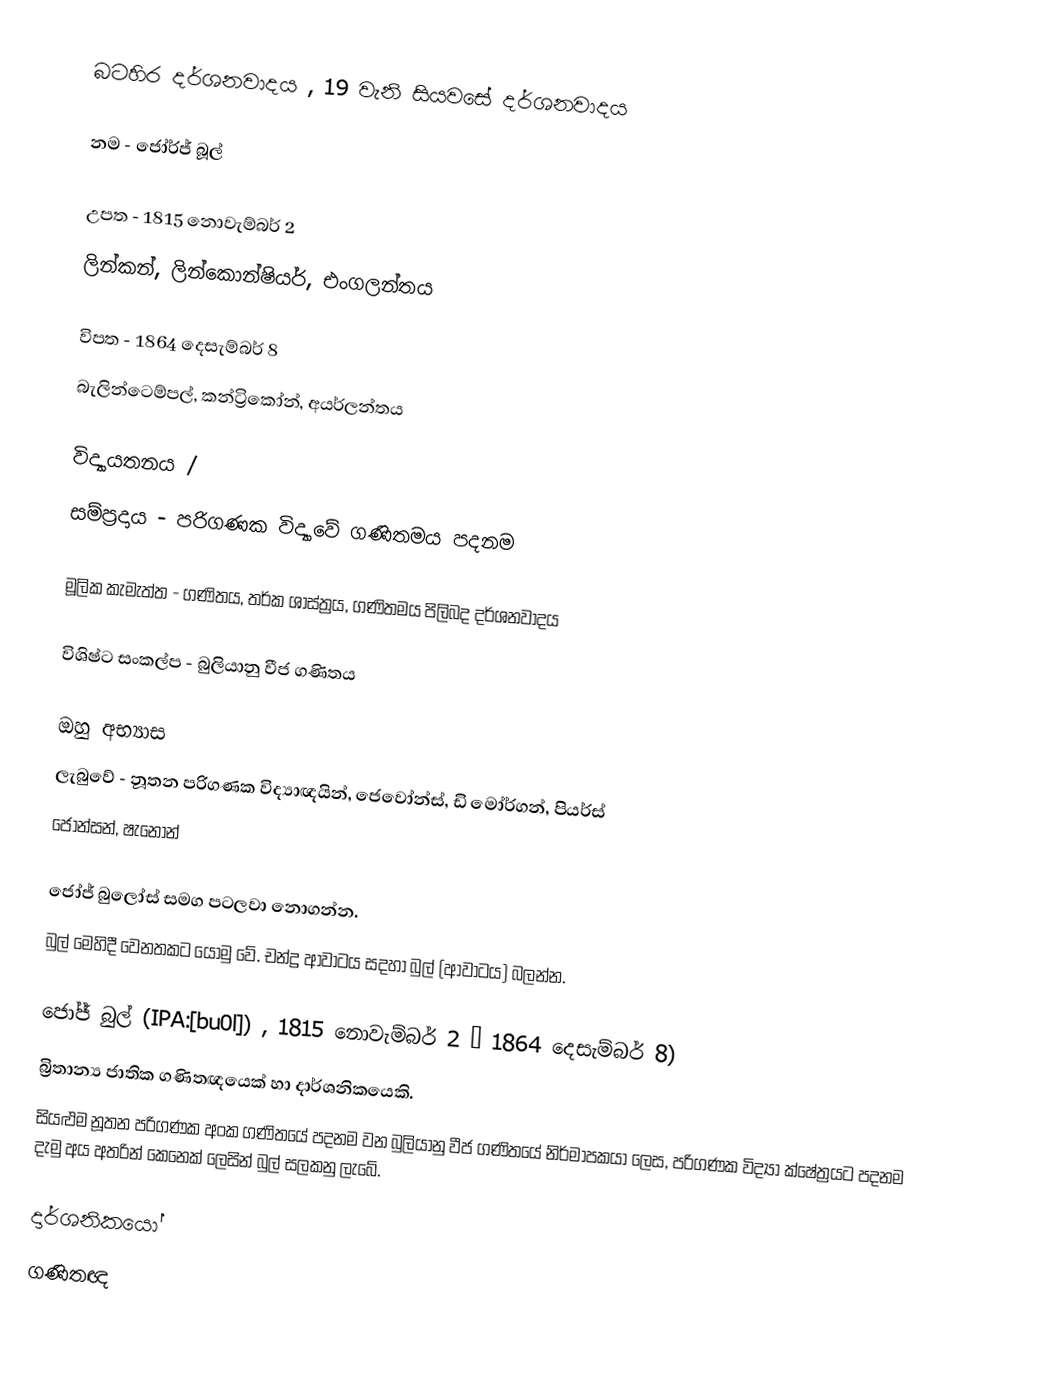
බටහිර දර්ශනවාදය , 19 වැනි සියවසේ දර්ශනවාදය

නම		-	ජෝර්ජ් බූල්

උපත		-	1815 නොවැම්බර් 2
			ලින්කන්, ලින්කොන්ෂියර්, එංගලන්තය

විපත		-	1864 දෙසැම්බර් 8
			බැලින්ටෙම්පල්, කන්ට්‍රිකෝන්, අයර්ලන්තය

විද්‍යායතනය /
සම්ප්‍රදාය	-	පරිගණක විද්‍යාවේ ගණිතමය පදනම

මූලික කැමැත්ත	-	ගණිතය, තර්ක ශාස්ත්‍රය, ගණිතමය පිලිබද දර්ශනවාදය

විශිෂ්ට සංකල්ප -	බුලියානු වීජ ගණිතය

ඔහු අභ්‍යාස
ලැබුවේ		-	නූතන පරිගණක විද්‍යාඥයින්, ජෙවෝන්ස්, ඩි මෝර්ගන්, පියර්ස්
			ජොන්සන්, ෂැනෝන්

ජෝජ් බුලෝස් සමග පටලව‍ා නොගන්න.
බුල් මෙහිදී වෙනතකට යොමු ‍වේ. චන්ද්‍ර ආවාටය සදහා බුල් (ආවාටය) බලන්න.

ජෝජ් බුල් (IPA:[bu0l]) , 1815 නොවැම්බර් 2 – 1864 දෙසැම්බර් 8)
බ්‍රිතාන්‍ය ජාතික ගණිතඥයෙක් හා දාර්ශනිකයෙකි.
සියළුම නූතන පරිගණක අංක ගණිතයේ පදනම වන බුලියානු වීජ ගණිතයේ නිර්මාපකයා ලෙස, පරිගණක විද්‍යා ක්ෂේත්‍රයට පදනම දැමු අය අතරින් කෙනෙක් ලෙසින් බුල් සලකනු ලැබේ.

දාර්ශනිකයෝ
ගණිතඥ